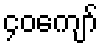
၄၀ကျော်